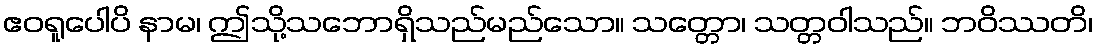
ဧဝရူပေါပိ နာမ၊ ဤသို့သဘောရှိသည်မည်သော။ သတ္တော၊ သတ္တဝါသည်။ ဘဝိဿတိ၊